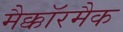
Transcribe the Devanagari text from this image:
मैक्कॉरमैक